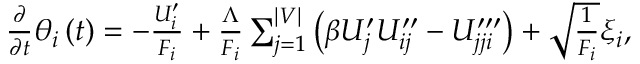
\begin{array} { r } { \frac { \partial } { \partial t } \theta _ { i } \left( t \right) = - \frac { U _ { i } ^ { \prime } } { F _ { i } } + \frac { \Lambda } { F _ { i } } \sum _ { j = 1 } ^ { \vert V \vert } \left( \beta U _ { j } ^ { \prime } U _ { i j } ^ { \prime \prime } - U _ { j j i } ^ { \prime \prime \prime } \right) + \sqrt { \frac { 1 } { F _ { i } } } \xi _ { i } , } \end{array}